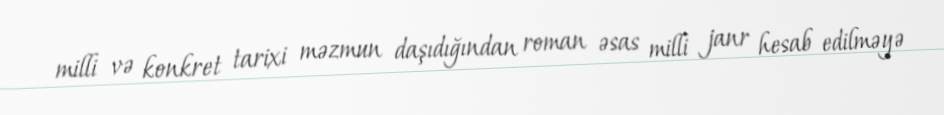
milli və konkret tarixi məzmun daşıdığından roman əsas milli janr hesab edilməyə